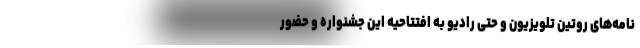
نامه‌های روتین تلویزیون و حتی رادیو به افتتاحیه این جشنواره و حضور